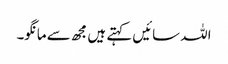
اللہ سائیں کہتے ہیں مجھ سے مانگو۔